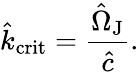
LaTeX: \hat{k}_{\mathrm{crit}}=\frac{\hat{\Omega}_{\mathrm{J}}}{\hat{c}}.